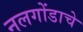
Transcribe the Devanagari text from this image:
नलगोंडाचे